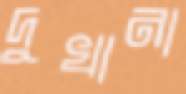
দুখানা